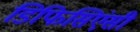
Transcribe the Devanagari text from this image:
डिफिसिएंसी